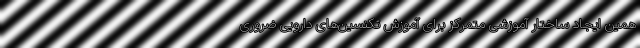
همین ایجاد ساختار آموزشی متمرکز برای آموزش تکنسین‌های دارویی ضروری